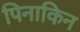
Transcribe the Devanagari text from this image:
पिनाकिन